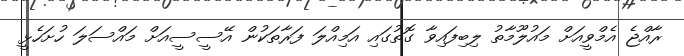
ރާއްޖެ އެމްވީއަށް މައުލޫމާތު ލިބިފައިވާ ގޮތުގައި އަމިއްލަ ފަރާތަކުން އޭސީސީއަށް މައްސަލަ ހުށަހެޅީ